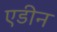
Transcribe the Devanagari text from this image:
एडीन